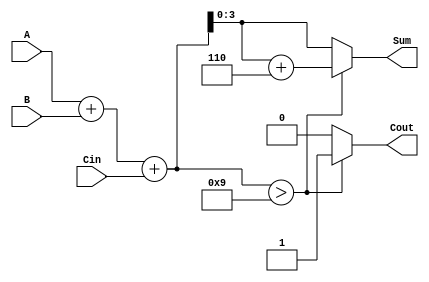
module BCD_Conditional_Adder (
    input [3:0] A,       // First BCD digit
    input [3:0] B,       // Second BCD digit
    input Cin,           // Carry input
    output reg [3:0] Sum,// BCD Sum output
    output reg Cout      // Carry output
);

    reg [4:0] Sum_temp;  // Temporary sum (5 bits to accommodate carry)

    always @(*) begin
        // Step 1: Calculate initial sum
        Sum_temp = A + B + Cin;

        // Step 2: BCD correction logic
        if (Sum_temp > 9) begin
            Sum = Sum_temp + 6; // Apply correction
            Cout = 1;           // Set carry out
        end else begin
            Sum = Sum_temp;     // No correction needed
            Cout = 0;           // No carry out
        end
    end

endmodule